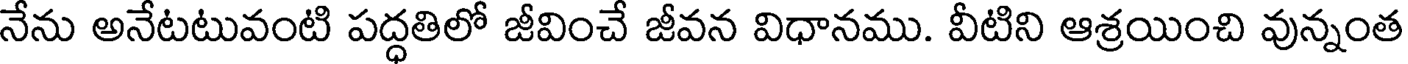
నేను అనేటటువంటి పద్ధతిలో జీవించే జీవన విధానము. వీటిని ఆశ్రయించి వున్నంత